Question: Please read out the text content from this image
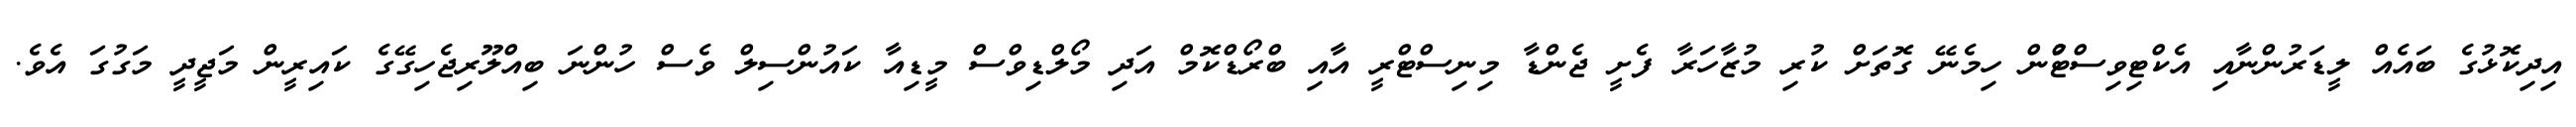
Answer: އިދިކޮޅުގެ ބައެއް ލީޑަރުންނާއި އެކްޓިވިސްޓްުން ހިމެނޭ ގޮތަށް ކުރި މުޒާހަރާ ފެށީ ޖެންޑާ މިނިސްޓްރީ އާއި ބްރޯޑްކޮމް އަދި މޯލްޑިވްސް މީޑިއާ ކައުންސިލް ވެސް ހުންނަ ބިއްލޫރިޖެހިގޭގެ ކައިރީން މަޖީދީ މަގުގަ އެވެ.